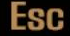
ESC